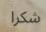
شكرا